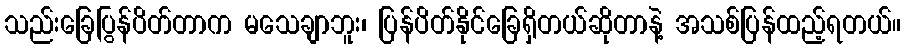
သည်းခြေပြွန်ပိတ်တာက မသေချာဘူး၊ ပြန်ပိတ်နိုင်ခြေရှိတယ်ဆိုတာနဲ့ အသစ်ပြန်ထည့်ရတယ်။